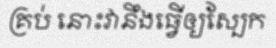
គ្រប់ នោះវានឹងធ្វើឲ្យស្បែក